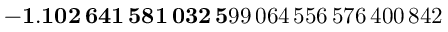
\mathbf { - 1 . 1 0 2 \, 6 4 1 \, 5 8 1 \, 0 3 2 \, 5 } 9 9 \, 0 6 4 \, 5 5 6 \, 5 7 6 \, 4 0 0 \, 8 4 2